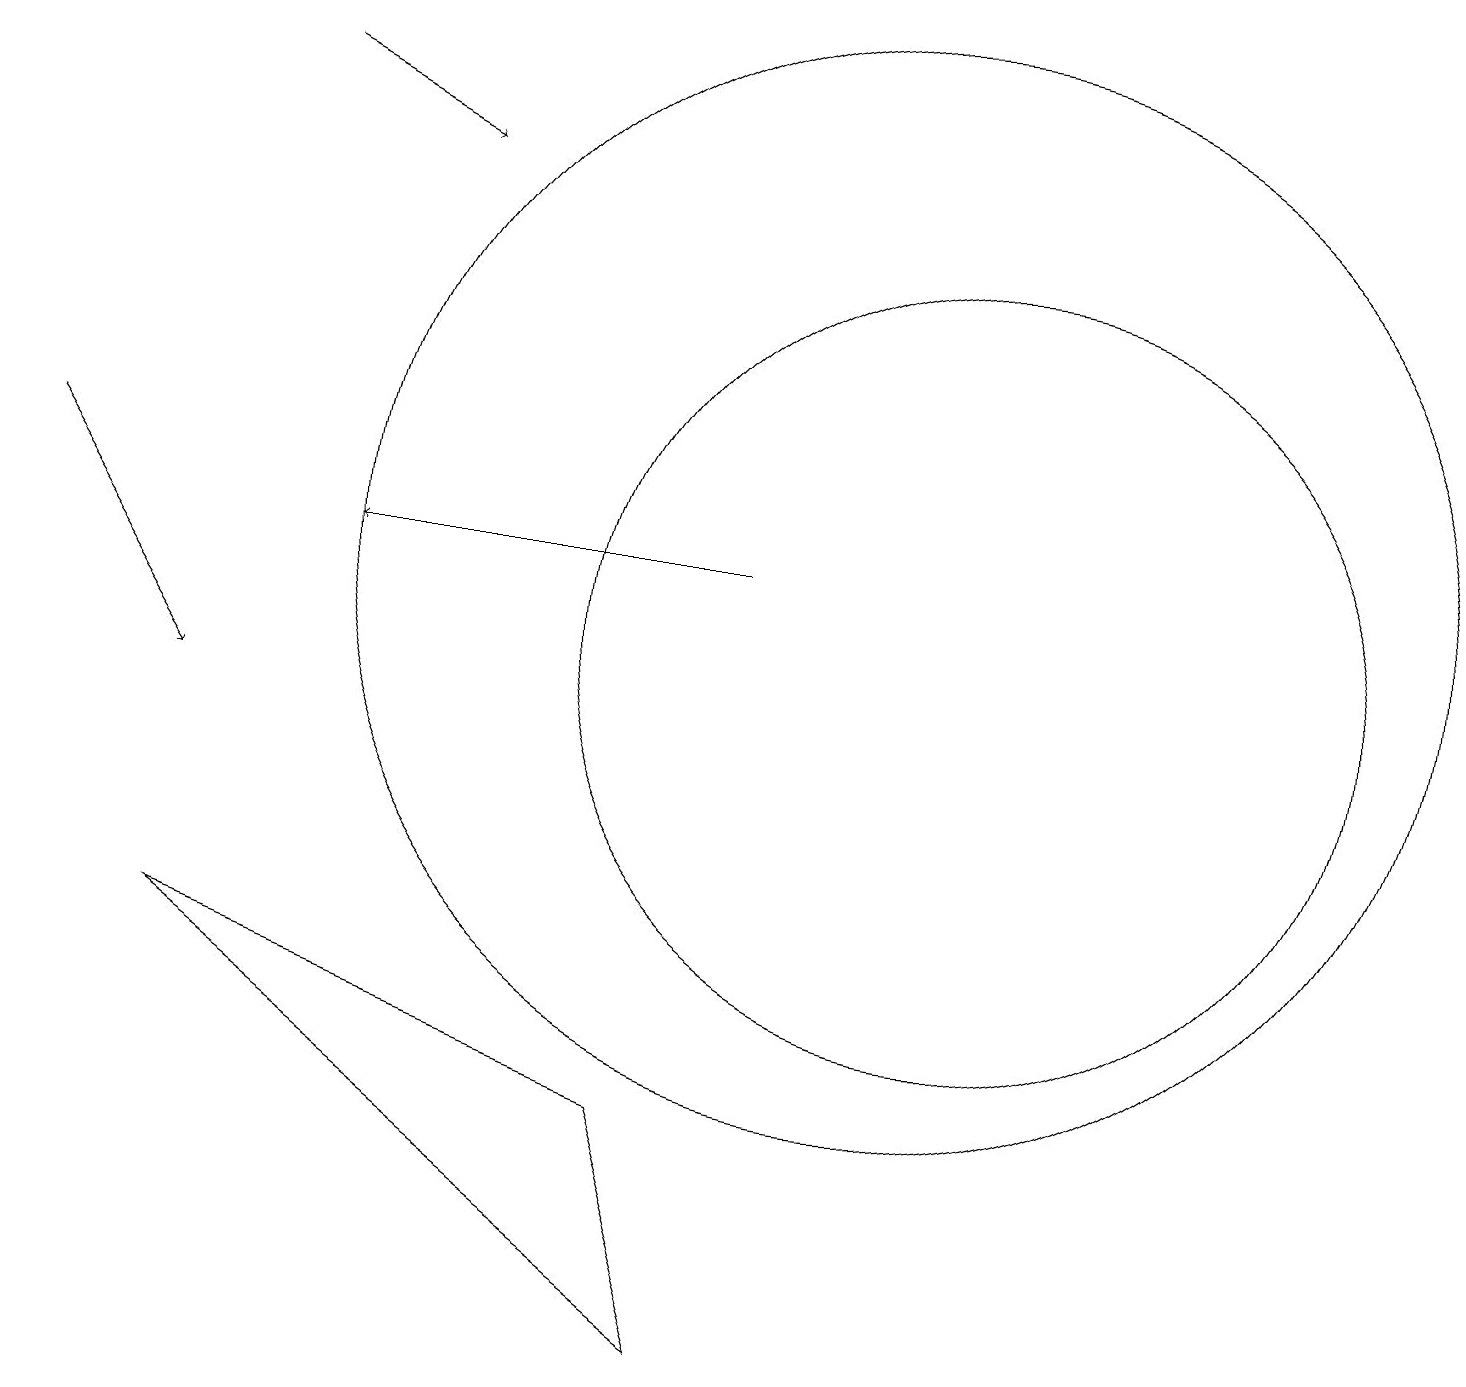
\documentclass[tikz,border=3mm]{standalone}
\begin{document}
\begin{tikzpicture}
\draw (11,12) circle (7);
\draw (9,2) -- (2,7) -- (8,5) -- cycle;
\draw[->] (9,12) -- (4,12);
\draw[->] (3,18) -- (5,17);
\draw[->] (0,13) -- (2,10);
\draw (12,11) circle (5);
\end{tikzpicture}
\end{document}